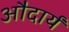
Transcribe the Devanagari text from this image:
औदार्यं